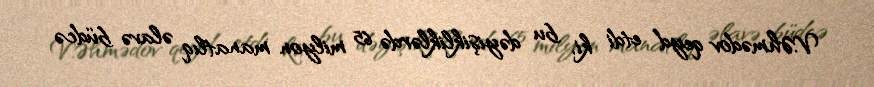
V.Əhmədov qeyd etdi ki, bu dəyişikliklərdə 65 milyon manatlıq əlavə büdcə